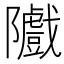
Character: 隵